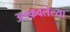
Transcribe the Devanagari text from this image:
अडकवलेल्या